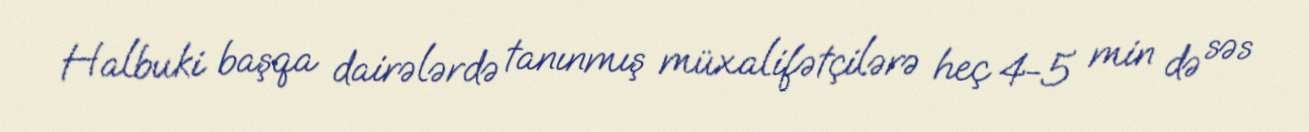
Halbuki başqa dairələrdə tanınmış müxalifətçilərə heç 4-5 min də səs